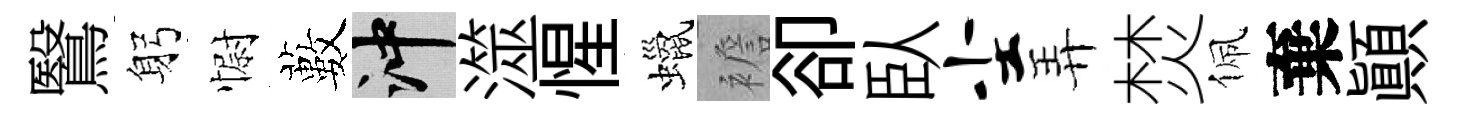
鷖躬𢠢藪冲澨惺蠟襜卻臥尘弄焚佩棄顚